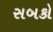
સબકો